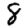
Digit: 8